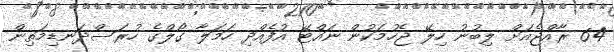
64 ރާއްޖެއަށް ލިބުނު ހިލޭ ޖެހުމަކުން ނައްޓޭ އުފެއްދި ހަމަލާ ގޯލްގެ ހުރަސްދަނޑިމަތިން